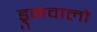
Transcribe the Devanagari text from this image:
ड्रुनवालो